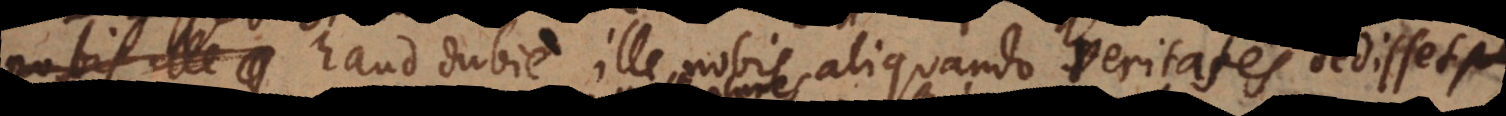
contigisset, haud dubie ille nobis aliquando veritates dedisset